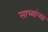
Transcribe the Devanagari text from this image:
साच्यांच्या